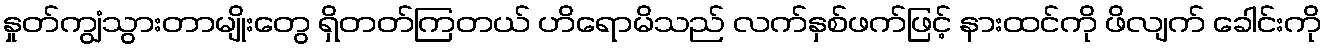
နှုတ်ကျွံသွားတာမျိုးတွေ ရှိတတ်ကြတယ် ဟိရောမိသည် လက်နှစ်ဖက်ဖြင့် နားထင်ကို ဖိလျက် ခေါင်းကို